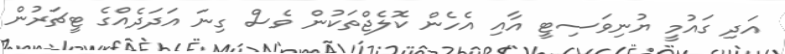
އަދި ގައުމީ ޔުނިވަސިޓީ އާއި އެހެން ކޮލެޖްތަކުން ވެސް ގިނަ އަދަދެއްގެ ޓީޗަރުން